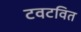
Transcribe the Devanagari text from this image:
टवटवित